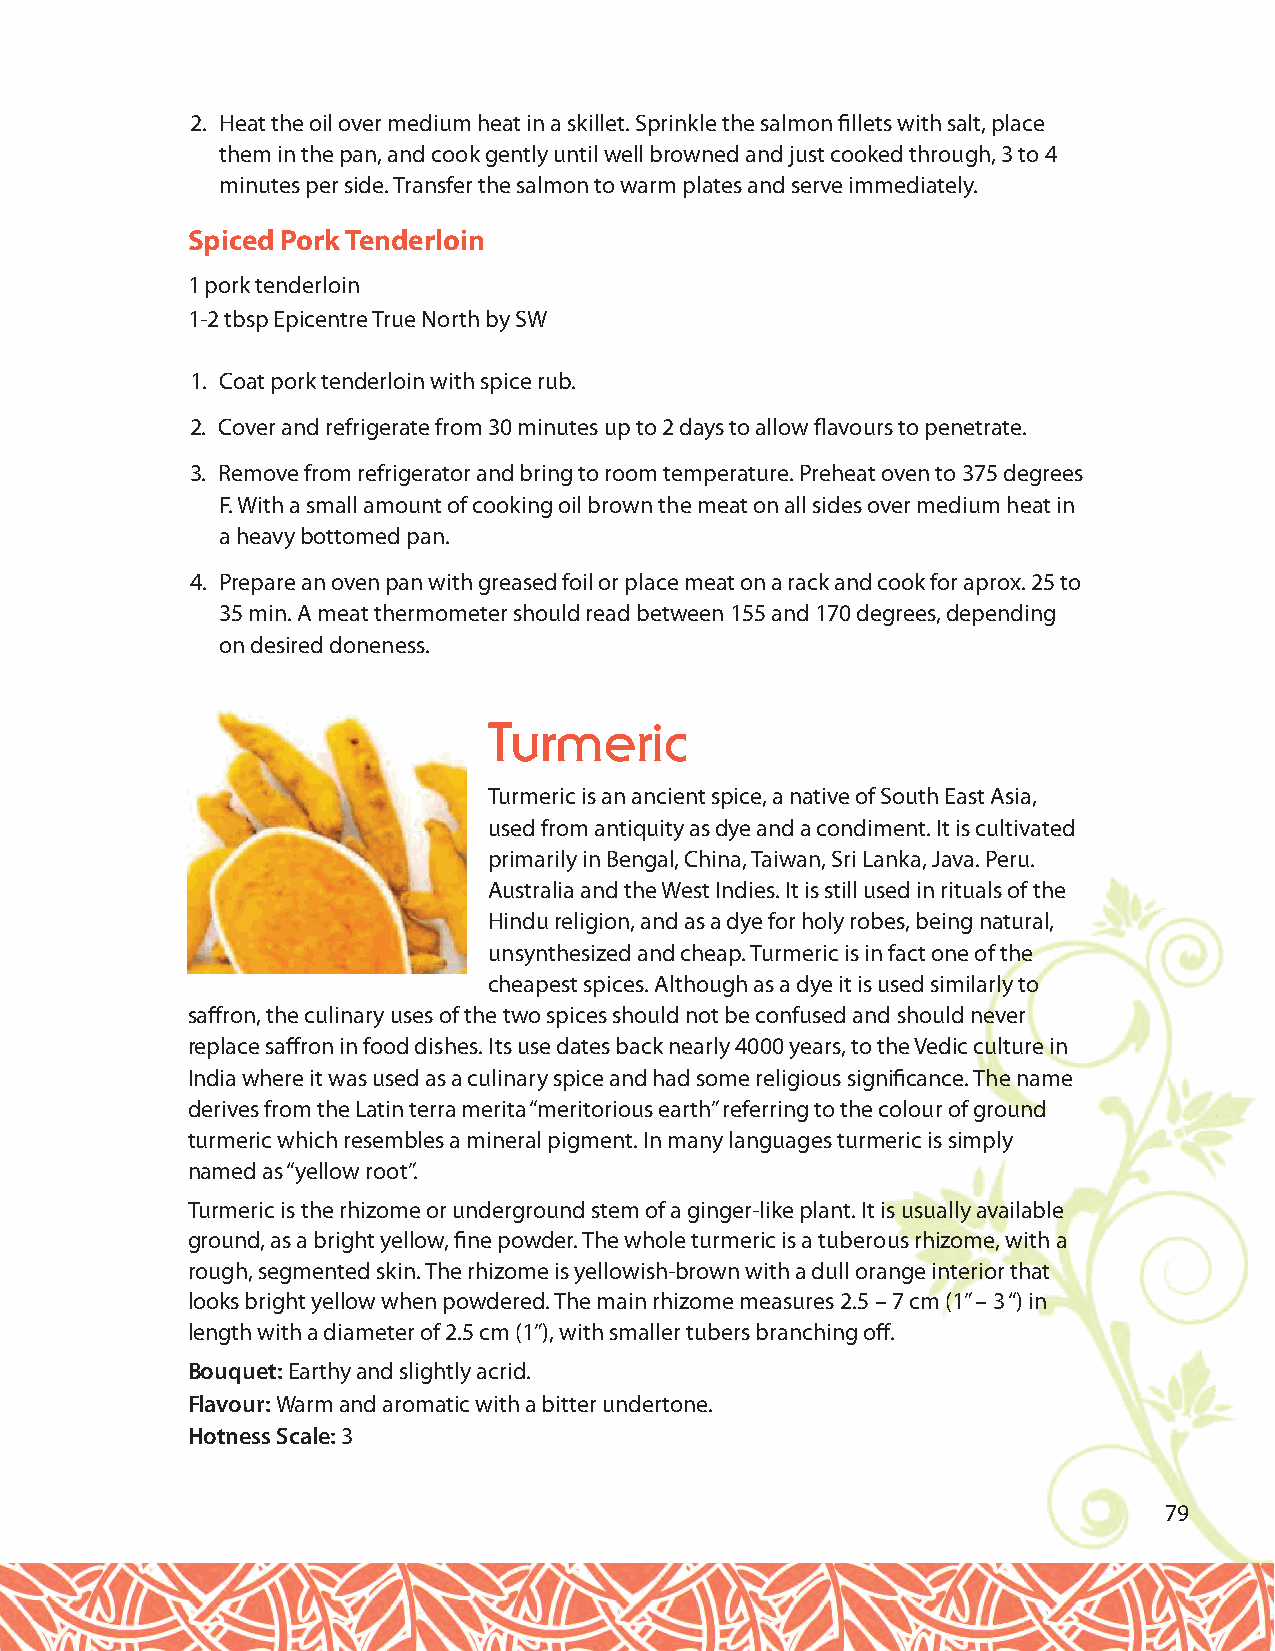
2. Heat the oil over medium heat in a skillet. Sprinkle the salmon fillets with salt, place
 them in the pan, and cook gently until well browned and just cooked through, 3 to 4
 minutes per side. Transfer the salmon to warm plates and serve immediately.
 Spiced Pork Tenderloin
 1 pork tenderloin
 1-2 tbsp Epicentre True North by SW
 1. Coat pork tenderloin with spice rub.
 2. Cover and refrigerate from 30 minutes up to 2 days to allow flavours to penetrate.
 3. Remove from refrigerator and bring to room temperature. Preheat oven to 375 degrees
 F. With a small amount of cooking oil brown the meat on all sides over medium heat in
 a heavy bottomed pan.
 4. Prepare an oven pan with greased foil or place meat on a rack and cook for aprox. 25 to
 35 min. A meat thermometer should read between 155 and 170 degrees, depending
 on desired doneness.
 Turmeric
 Turmeric is an ancient spice, a native of South East Asia,
 used from antiquity as dye and a condiment. It is cultivated
 primarily in Bengal, China, Taiwan, Sri Lanka, Java. Peru.
 Australia and the West Indies. It is still used in rituals of the
 Hindu religion, and as a dye for holy robes, being natural,
 unsynthesized and cheap. Turmeric is in fact one of the
 cheapest spices. Although as a dye it is used similarly to
 saffron, the culinary uses of the two spices should not be confused and should never
 replace saffron in food dishes. Its use dates back nearly 4000 years, to the Vedic culture in
 India where it was used as a culinary spice and had some religious significance. The name
 derives from the Latin terra merita “meritorious earth” referring to the colour of ground
 turmeric which resembles a mineral pigment. In many languages turmeric is simply
 named as “yellow root”.
 Turmeric is the rhizome or underground stem of a ginger-like plant. It is usually available
 ground, as a bright yellow, fine powder. The whole turmeric is a tuberous rhizome, with a
 rough, segmented skin. The rhizome is yellowish-brown with a dull orange interior that
 looks bright yellow when powdered. The main rhizome measures 2.5 – 7 cm (1” – 3 “) in
 length with a diameter of 2.5 cm (1”), with smaller tubers branching off.
 Bouquet: Earthy and slightly acrid.
 Flavour: Warm and aromatic with a bitter undertone.
 Hotness Scale: 3
 79